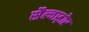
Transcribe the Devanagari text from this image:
सैल्वाड़ोर